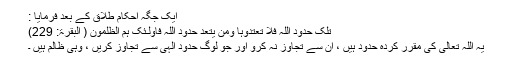
ایک جگہ احکام طلاق کے بعد فرمایا :
تِلْکَ حُدُودُ اللّہِ فَلاَ تَعْتَدُوہَا وَمَن یَتَعَدَّ حُدُودَ اللّہِ فَأُوْلَـئِکَ ہُمُ الظّٰلِمُون ( البقرۃ: 229)
یہ اللہ تعالیٰ کی مقرر کردہ حدود ہیں ، ان سے تجاوز نہ کرو اور جو لوگ حدودِ الٰہی سے تجاوز کریں ، وہی ظالم ہیں ۔